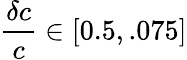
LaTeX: \frac{\delta c}{c}\in[0.5,.075]